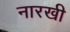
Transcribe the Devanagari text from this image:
नारखी